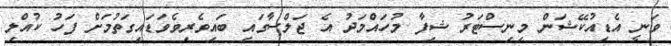
ވަނީ އެޑިއުކޭޝަން މިނިސްޓަރު ޝިފާ މުހައްމަދު އެ ޖަލްސާގައި ބައިވެރިވެވަޑައިގަތުމަށް ފަހު ކުއްލި